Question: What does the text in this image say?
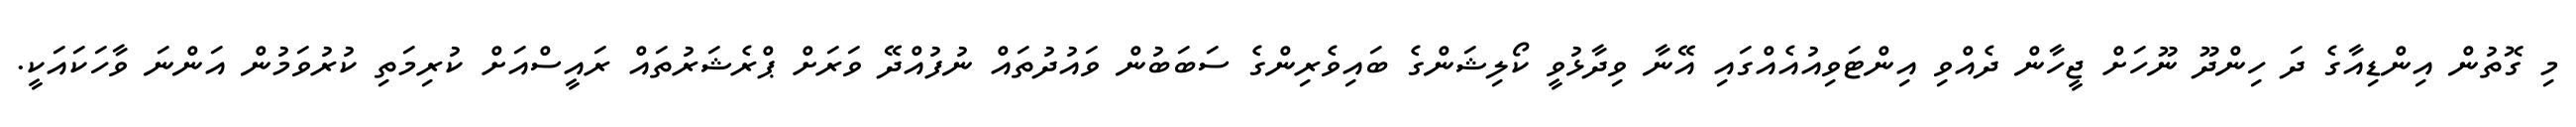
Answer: މި ގޮތުން އިންޑިއާގެ ދަ ހިންދޫ ނޫހަށް ޖީހާން ދެއްވި އިންޓަވިއުއެއްގައި އޭނާ ވިދާޅުވީ ކޯލިޝަންގެ ބައިވެރިންގެ ސަބަބުން ވައުދުތައް ނުފުއްދޭ ވަރަށް ޕްރެޝަރުތައް ރައީސްއަށް ކުރިމަތި ކުރުވަމުން އަންނަ ވާހަކައަކީ.